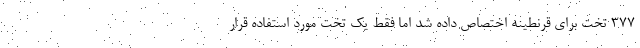
۳۷۷ تخت برای قرنطینه اختصاص داده شد اما فقط یک تخت مورد استفاده قرار